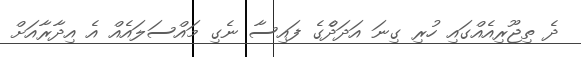
ދެ ތިޖޫރިއެއްގައި ހުރި ގިނަ އަދަދެްގެ ފައިސާ ނެގި މައްސަލައެއް އެ އިދާރާއަށް